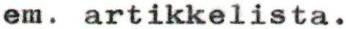
em. artikkelista.